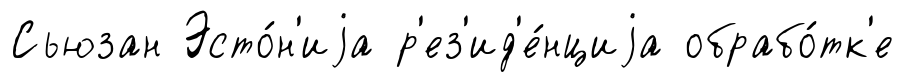
Сьюзан Эсто́н'иjа р'ез'ид'е́нциjа обрабо́тк'е